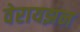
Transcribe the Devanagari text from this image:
वेरायझन